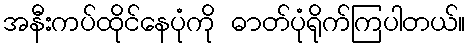
အနီးကပ်ထိုင်နေပုံကို ဓာတ်ပုံရိုက်ကြပါတယ်။